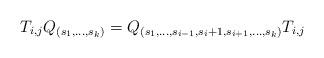
LaTeX: \begin{align*}T_{i,j} Q_{(s_1,\ldots, s_k)}=Q_{(s_1,\ldots,s_{i-1}, s_{i}+1, s_{i+1},\ldots, s_k)} T_{i,j}\end{align*}